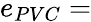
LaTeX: e_{PVC}=